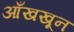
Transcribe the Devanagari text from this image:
आँखखून